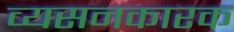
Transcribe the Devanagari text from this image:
व्यसनकारक